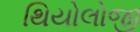
થિયોલોજી